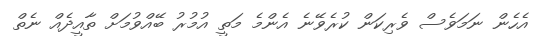
އެހެން ނަމަވެސް ވެރިކަން ކުރެވޭނެ އެންމެ މަތީ އުމުރު ބޭއްވުމަށް ތާއީދެއް ނެތް